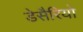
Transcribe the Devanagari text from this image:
डेसैरियो